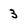
Character: 3